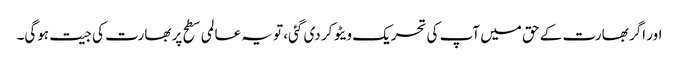
اور اگر بھارت کے حق میں آپ کی تحریک ویٹو کر دی گئی، تو یہ عالمی سطح پر بھارت کی جیت ہوگی۔